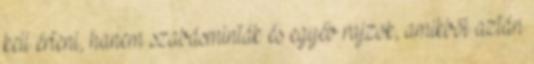
kell érteni, hanem szabásminták és egyéb rajzok, amikből aztán